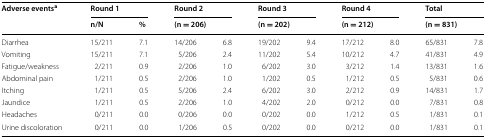
<table><thead><tr><td rowspan="2"><b>Adverse events<sup>a</sup></b></td><td colspan="2"><b>Round 1</b></td><td colspan="2"><b>Round 2</b></td><td colspan="2"><b>Round 3</b></td><td colspan="2"><b>Round 4</b></td><td colspan="2"><b>Total</b></td></tr><tr><td><b>n/N</b></td><td><b>%</b></td><td colspan="2"><b>(n = 206)</b></td><td colspan="2"><b>(n = 202)</b></td><td colspan="2"><b>(n = 212)</b></td><td colspan="2"><b>(n = 831)</b></td></tr></thead><tbody><tr><td>Diarrhea</td><td>15/211</td><td>7.1</td><td>14/206</td><td>6.8</td><td>19/202</td><td>9.4</td><td>17/212</td><td>8.0</td><td>65/831</td><td>7.8</td></tr><tr><td>Vomiting</td><td>15/211</td><td>7.1</td><td>5/206</td><td>2.4</td><td>11/202</td><td>5.4</td><td>10/212</td><td>4.7</td><td>41/831</td><td>4.9</td></tr><tr><td>Fatigue/weakness</td><td>2/211</td><td>0.9</td><td>2/206</td><td>1.0</td><td>6/202</td><td>3.0</td><td>3/212</td><td>1.4</td><td>13/831</td><td>1.6</td></tr><tr><td>Abdominal pain</td><td>1/211</td><td>0.5</td><td>2/206</td><td>1.0</td><td>1/202</td><td>0.5</td><td>1/212</td><td>0.5</td><td>5/831</td><td>0.6</td></tr><tr><td>Itching</td><td>1/211</td><td>0.5</td><td>5/206</td><td>2.4</td><td>6/202</td><td>3.0</td><td>2/212</td><td>0.9</td><td>14/831</td><td>1.7</td></tr><tr><td>Jaundice</td><td>1/211</td><td>0.5</td><td>2/206</td><td>1.0</td><td>4/202</td><td>2.0</td><td>0/212</td><td>0.0</td><td>7/831</td><td>0.8</td></tr><tr><td>Headaches</td><td>0/211</td><td>0.0</td><td>0/206</td><td>0.0</td><td>0/202</td><td>0.0</td><td>1/212</td><td>0.5</td><td>1/831</td><td>0.1</td></tr><tr><td>Urine discoloration</td><td>0/211</td><td>0.0</td><td>1/206</td><td>0.5</td><td>0/202</td><td>0.0</td><td>0/212</td><td>0.0</td><td>1/831</td><td>0.1</td></tr></tbody></table>